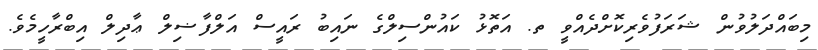
މިބައްދަލުވުން ޝަރަފުވެރިކޮށްދެއްވީ ތ. އަތޮޅު ކައުންސިލްގެ ނައިބު ރައީސް އަލްފާޟިލް ޢާދިލް އިބްރާހީމެވެ.